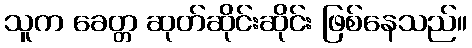
သူက ခေတ္တ ဆုတ်ဆိုင်းဆိုင်း ဖြစ်နေသည်။